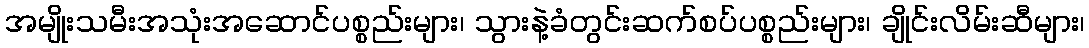
အမျိုးသမီးအသုံးအဆောင်ပစ္စည်းများ၊ သွားနဲ့ခံတွင်းဆက်စပ်ပစ္စည်းများ၊ ချိုင်းလိမ်းဆီများ၊